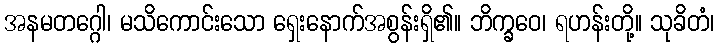
အနမတဂ္ဂေါ၊ မသိကောင်းသော ရှေးနောက်အစွန်းရှိ၏။ ဘိက္ခဝေ၊ ရဟန်းတို့။ သုခိတံ၊